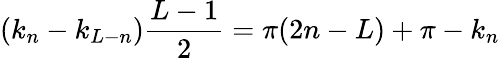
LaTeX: (k_{n}-k_{L-n})\frac{L-1}{2}=\pi(2n-L)+\pi-k_{n}